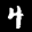
Label: 4